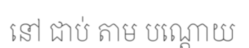
នៅ ជាប់ តាម បណ្តោយ